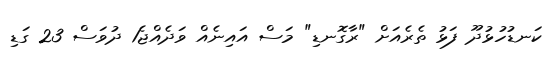
ކަނޑުހުޅުދޫ ފަޅު ތެރެއަށް "ރާގޮނޑި" މަސް އައިނެއް ވަދެއްޖެ1 ދުވަސް 23 ގަޑި